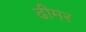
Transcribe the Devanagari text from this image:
ढीमर